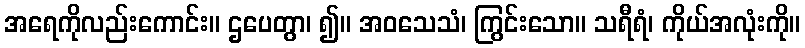
အရေကိုလည်းကောင်း။ ဌပေတွာ၊ ၍။ အဝသေသံ၊ ကြွင်းသော။ သရီရံ၊ ကိုယ်အလုံးကို။